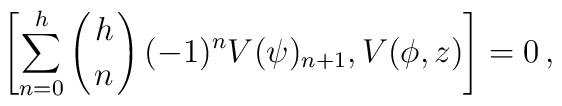
\left[\sum_{n=0}^h\left({h\atop n}\right)(-1)^nV(\psi)_{n+1},V(\phi,z)\right]=0\,,